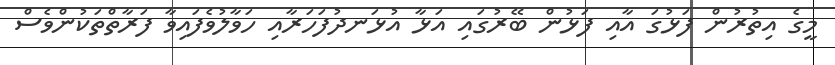
މީގެ އިތުރުން ފަޅުގަ އާއި ފަޅުން ބޭރުގައި އަޅާ އުޅަނދުފަހަރާއި ހަވާލުވެފައިވާ ފަރާތްތަކުންވެސް